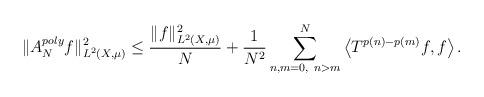
LaTeX: \begin{align*}\| A^{poly}_{N}f\|_{L^{2}(X,\mu)}^{2} \leq \frac{\| f\|^{2}_{L^{2}(X,\mu)}}{N}+\frac{1}{N^2}\sum_{n,m=0,\ n>m}^{N}\left<T^{p(n)-p(m)}f,f\right>.\end{align*}